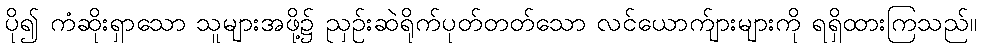
ပို၍ ကံဆိုးရှာသော သူများအဖို့၌ ညှဉ်းဆဲရိုက်ပုတ်တတ်သော လင်ယောက်ျားများကို ရရှိထားကြသည်။